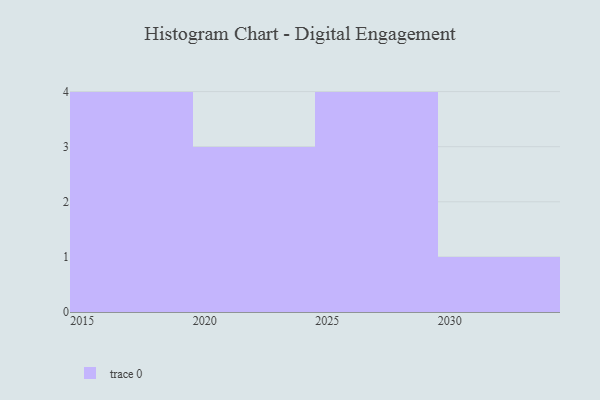
{"axis": {"x": "Year", "y": "Satisfaction Score"}, "legend": [""], "data": [{"x": "2030", "y": 66, "type": ""}, {"x": "2029", "y": 56, "type": ""}, {"x": "2015", "y": 27, "type": ""}, {"x": "2024", "y": 41, "type": ""}, {"x": "2025", "y": 32, "type": ""}, {"x": "2026", "y": 27, "type": ""}, {"x": "2018", "y": 43, "type": ""}, {"x": "2019", "y": 43, "type": ""}, {"x": "2023", "y": 44, "type": ""}, {"x": "2028", "y": 83, "type": ""}, {"x": "2017", "y": 57, "type": ""}, {"x": "2022", "y": 73, "type": ""}]}